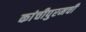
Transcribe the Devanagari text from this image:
कांचीपुरमची